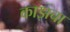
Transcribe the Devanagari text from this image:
काझचा